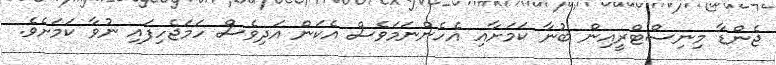
ޖެންޑާ މިނިސްޓްރީއިން ބުނާ ކަމަށާއި އެހެންނަމަވެސް އެކަން އަދިވެސް ހަމަޖެހިފައި ނުވާ ކަމަށެވެ.